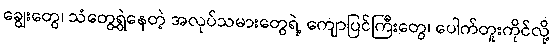
ချွေးတွေ၊ သံတွေရွှဲနေတဲ့ အလုပ်သမားတွေရဲ့ ကျောပြင်ကြီးတွေ၊ ပေါက်တူးကိုင်လို့